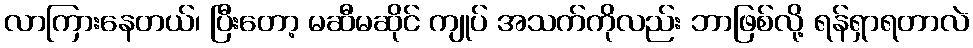
လာကြားနေတယ်၊ ပြီးတော့ မဆီမဆိုင် ကျုပ် အသက်ကိုလည်း ဘာဖြစ်လို့ ရန်ရှာရတာလဲ